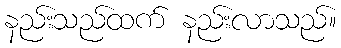
နည်းသည်ထက် နည်းလာသည်။